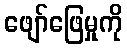
ဖျော်ဖြေမှုကို